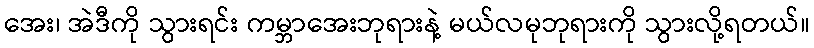
အေး၊ အဲဒီကို သွားရင်း ကမ္ဘာအေးဘုရားနဲ့ မယ်လမုဘုရားကို သွားလို့ရတယ်။